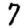
Digit: 7